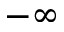
- \infty